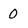
Character: 0